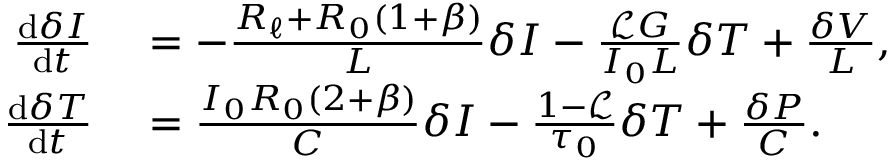
\begin{array} { r l } { \frac { \mathrm { d } \delta I } { \mathrm { d } t } } & { { } = - \frac { R _ { \ell } + R _ { 0 } ( 1 + \beta ) } { L } \delta I - \frac { \mathscr { L } G } { I _ { 0 } L } \delta T + \frac { \delta V } { L } , } \\ { \frac { \mathrm { d } \delta T } { \mathrm { d } t } } & { { } = \frac { I _ { 0 } R _ { 0 } ( 2 + \beta ) } { C } \delta I - \frac { 1 - \mathscr { L } } { \tau _ { 0 } } \delta T + \frac { \delta P } { C } . } \end{array}